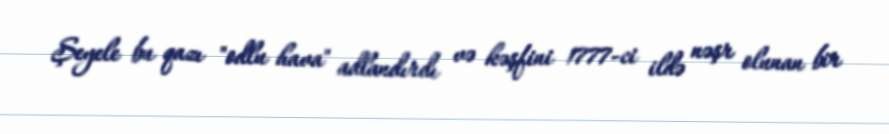
Şeyele bu qazı "odlu hava" adlandırdı və kəşfini 1777-ci ildə nəşr olunan bir